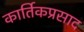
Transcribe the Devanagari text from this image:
कार्तिकप्रसाद